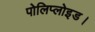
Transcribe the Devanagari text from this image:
पोलिप्लोइड।